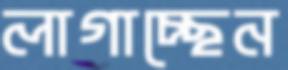
লাগাচ্ছেন